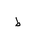
Letter: _da